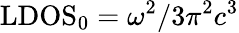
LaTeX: \mathrm{LDOS}_{0}=\omega^{2}/3\pi^{2}c^{3}